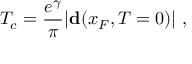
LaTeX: T _ { c } = \frac { e ^ { \gamma } } { \pi } | { \bf d } ( x _ { F } , T = 0 ) | \ ,